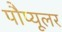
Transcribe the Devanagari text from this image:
पौप्यूलर